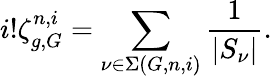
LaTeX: i!\zeta_{g,G}^{n,i}=\sum_{\nu\in\Sigma(G,n,i)}\frac{1}{|S_{\nu}|}.